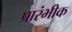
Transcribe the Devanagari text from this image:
प्रारंभीक